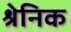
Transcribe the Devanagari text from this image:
श्रेनिक